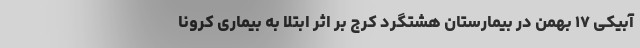
آبیکی ۱۷ بهمن در بیمارستان هشتگرد کرج بر اثر ابتلا به بیماری کرونا